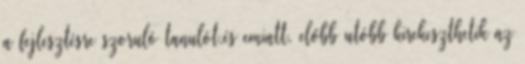
a fejlesztésre szoruló tanulót,és emiatt, előbb utóbb kirekeszthetik az